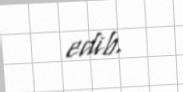
edib.